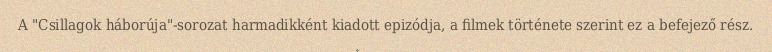
A "Csillagok háborúja"-sorozat harmadikként kiadott epizódja, a filmek története szerint ez a befejező rész.